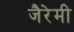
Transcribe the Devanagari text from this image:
जैरेमी